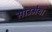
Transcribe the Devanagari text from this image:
साउमेया